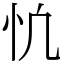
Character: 𢖾